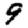
Digit: 9